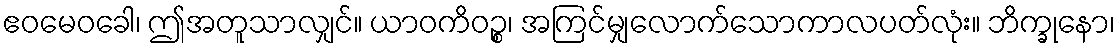
ဧဝမေဝခေါ၊ ဤအတူသာလျှင်။ ယာဝကိဝဉ္စ၊ အကြင်မျှလောက်သောကာလပတ်လုံး။ ဘိက္ခုနော၊